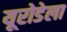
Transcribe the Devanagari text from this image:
यूरोडेला